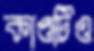
কাণ্ডটিও